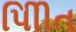
પીિીત